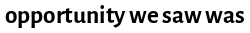
opportunity we saw was